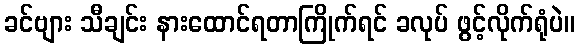
ခင်ဗျား သီချင်း နားထောင်ရတာကြိုက်ရင် ခလုပ် ဖွင့်လိုက်ရုံပဲ။